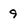
Character: 9